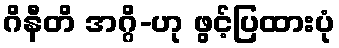
ဂိနီတိ အဂ္ဂိ-ဟု ဖွင့်ပြထားပုံ